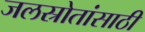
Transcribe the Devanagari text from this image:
जलस्रोतांसाठी